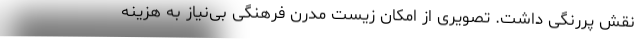
نقش پررنگی داشت. تصویری از امکان زیست مدرن فرهنگی بی‌نیاز به هزینه